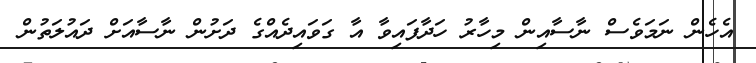
އެހެން ނަމަވެސް ނާސާއިން މިހާރު ހަދާފައިވާ އާ ގަވައިދެއްގެ ދަށުން ނާސާއަށް ދައުލަތުން